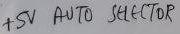
Text: +5V AUTO SELECTOR